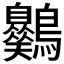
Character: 𪈪